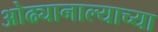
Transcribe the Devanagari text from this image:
ओढ्यानाल्याच्या